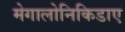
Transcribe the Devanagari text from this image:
मेगालोनिकिडाए